Report of the King Institute of Preventive Medicine, Guindy
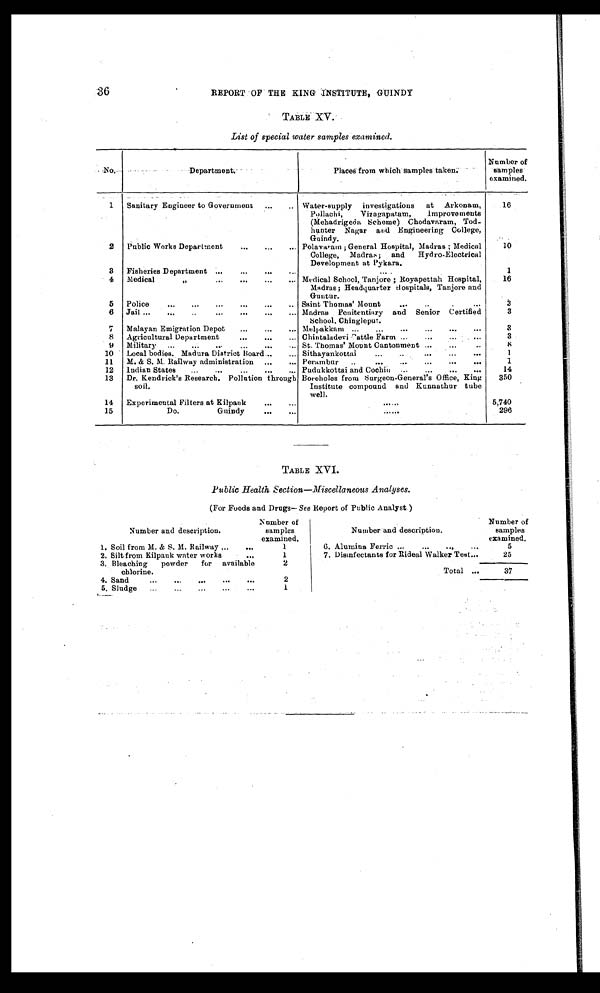
36
REPORT OF THE KING INSTITUTE, GUINDY
TABLE XV.
List of special water samples examined.
No.
D e p a r t m e n t .
Places from which samples taken.
Number of
samples
examined.
1
Sanitary Engineer to Government
...
.. Water-supply investigations at Arkonam,
16
Pollachi, Vizagapatam,
Improvements
(Mehadrigeoa Scheme) Chodavaram, Tod-
hunter Nagar and Engineering College,
Guindy.
2
Public Works Department
...
...
... Polavaram ; General Hospital, Madras ; Medical
10
College, Madras ; and
Hydro-Electrical
Development at Pykara.
3
Fisheries Department ...
...
...
...
....
1
4
Medical
.....
...
...
... Medical School, Tanjore ; Royapettah Hospital,
16
Madras; Headquarter Hospitals, Tanjore and
Guntur.
5
Police
..
...
...
...
...
.. Saint Thomas’ Mount . . .
. .
. .
3
6
Jail ...
...
...
...
...
... Madras Penitentiary and Senior Certified
3
School, Chingleput.
7
Malayan Emigration Depot
...
...
... Melpakkam ...
...
...
...
...
...
3
8
Agricultural Department
...
...
... Chintaladevi Cattle Farm ...
...
3
9
Military
...
...
...
...
...
... St. Thomas’ Mount Cantonment ... . . .
. .
8
10
Local bodies. Madura District Board ...
... Sithayankottai
...
..
...
...
...
1
11
M. & S. M. Railway administration
...
... Perambur
..
...
...
...
...
...
1
12
Indian States
...
...
...
...
... Pudukkottai and Cochin ...
...
...
...
14
13
Dr. Kendrick’s Research. Pollution through Boreholes from Surgeon-General’s Office, King
350
soil.
Institute compound and Kunnathur tube
well.
14
Experimental Filters at Kilpank
...
...
. . . .
5,740
15
Do.
Guindy
.....
. . . .
296
TABLE XVI.
Public Health Section—Miscellaneous Analyses.
(For Foods and Drugs— See Report of Public Analyst.)
Number and description.
Number of
samples
examined.
Number and description.
Number of
samples
examined.
1. Soil from M. & S. M. Railway ...
...
1
6. Alumina Ferric...
...
...
...
5
2. Silt from Kilpauk water works
. . .
1
7. Disinfectants for Rideal Walker Test...
25
3. Bleaching
powder
for available
2
Total ...
37
chlorine.
4. Sand
...
...
...
...
. . .
2
5. Sludge
...
...
...
...
. . .
1